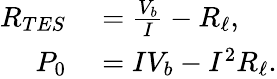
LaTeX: \begin{array}{rl}{R_{TES}}&{{}=\frac{V_{b}}{I}-R_{\ell},}\\ {P_{0}}&{{}=IV_{b}-I^{2}R_{\ell}.}\end{array}